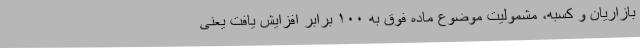
بازاریان و کسبه، مشمولیت موضوع ماده فوق به ۱۰۰ برابر افزایش یافت یعنی